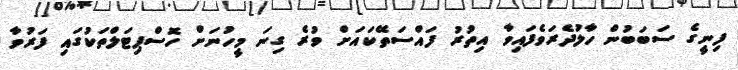
ފިނީގެ ސަބަބުން ހާލުދެރަވެފައިވާ އިތުރު ފައްސަތޭކައަށް ވުރެ ގިނަ މީހުނަށް ހޮސްޕިޓަލްތަކުގައި ފަރުވާ